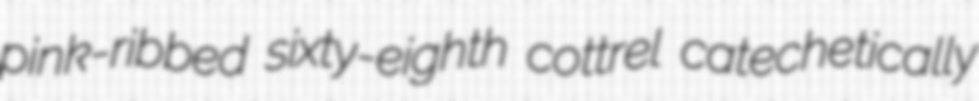
pink-ribbed sixty-eighth cottrel catechetically